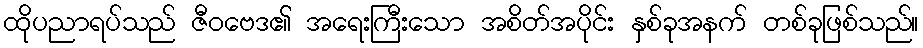
ထိုပညာရပ်သည် ဇီဝဗေဒ၏ အရေးကြီးသော အစိတ်အပိုင်း နှစ်ခုအနက် တစ်ခုဖြစ်သည်။